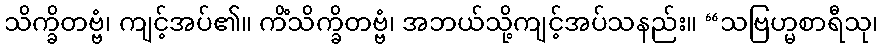
သိက္ခိတဗ္ဗံ၊ ကျင့်အပ်၏။ ကိံသိက္ခိတဗ္ဗံ၊ အဘယ်သို့ကျင့်အပ်သနည်း။ “သဗြဟ္မစာရီသု၊